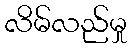
လိမ်လည်မှု